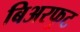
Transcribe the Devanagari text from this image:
बिअरफुट